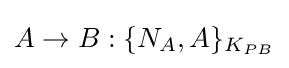
A\rightarrow B:\{N_{A},A\}_{K_{PB}}